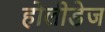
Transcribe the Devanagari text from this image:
होलीडेज